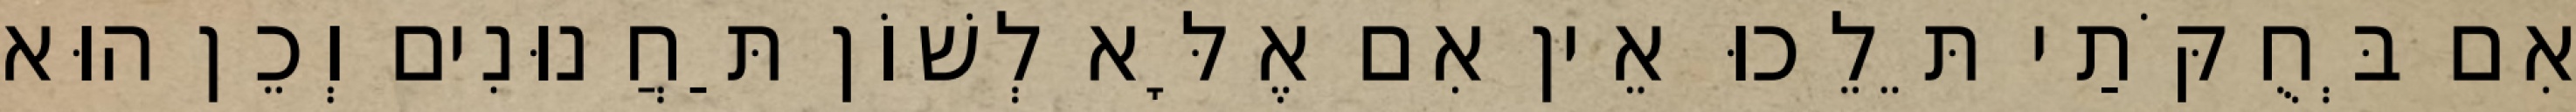
אִם בְּחֻקֹּתַי תֵּלֵכוּ אֵין אִם אֶלָּא לְשׁוֹן תַּחֲנוּנִים וְכֵן הוּא